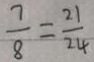
\frac { 7 } { 8 } = \frac { 2 1 } { 2 4 }